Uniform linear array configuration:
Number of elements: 4
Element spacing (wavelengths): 0.25
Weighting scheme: hamming
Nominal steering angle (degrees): -15
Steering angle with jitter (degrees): -15.958
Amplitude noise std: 0.05
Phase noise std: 0.05

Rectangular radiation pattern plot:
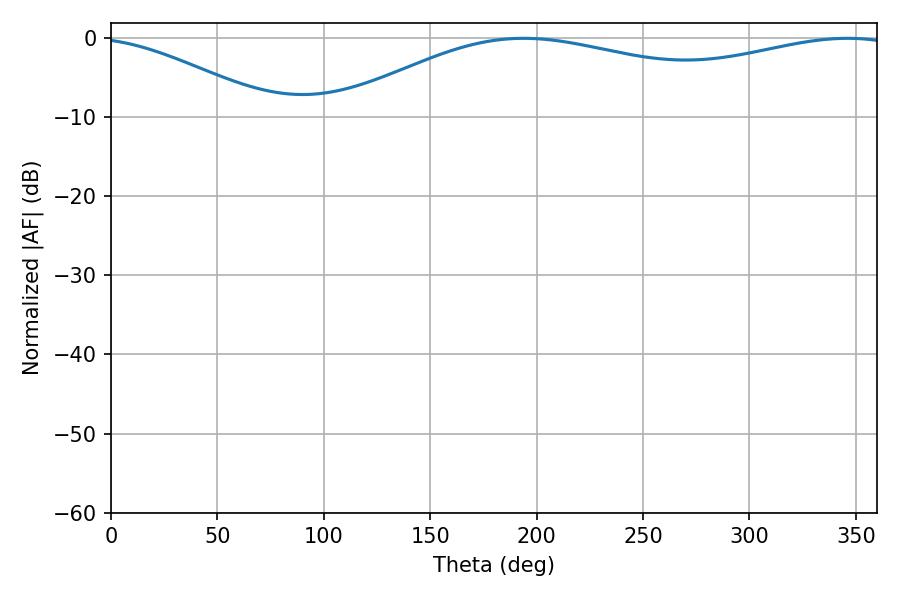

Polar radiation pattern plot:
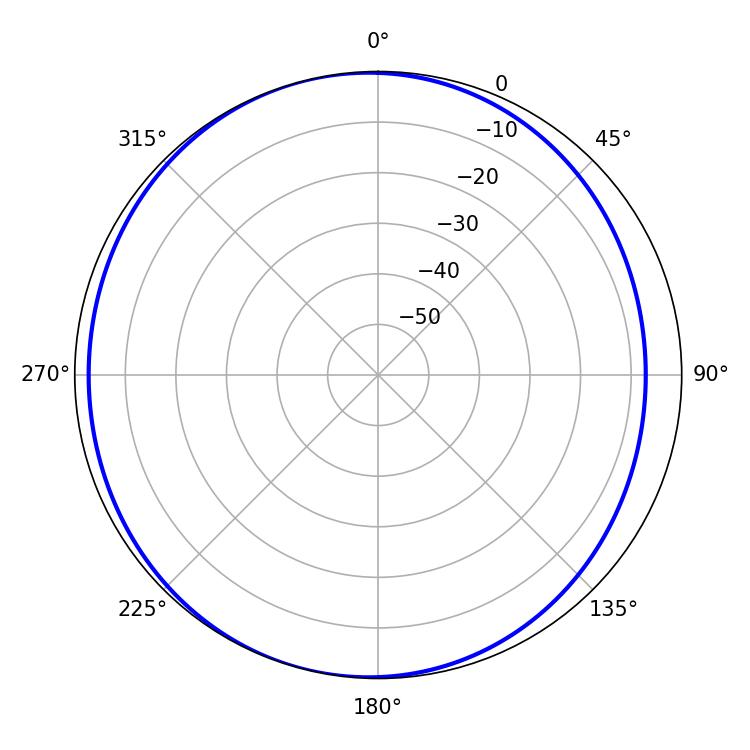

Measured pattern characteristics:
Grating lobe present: FALSE
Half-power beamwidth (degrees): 214.74
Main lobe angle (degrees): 193.86